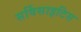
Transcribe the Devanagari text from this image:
सर्विसाइटिस